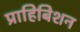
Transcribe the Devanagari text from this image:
प्राहिबिशन